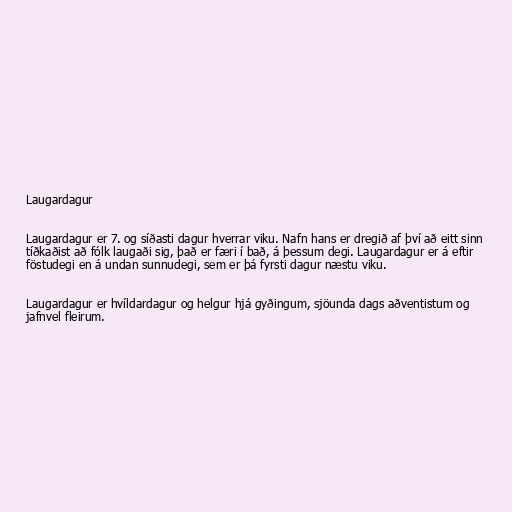
Laugardagur

Laugardagur er 7. og síðasti dagur hverrar viku. Nafn hans er dregið af því að eitt sinn
tíðkaðist að fólk laugaði sig, það er færi í bað, á þessum degi. Laugardagur er á eftir
föstudegi en á undan sunnudegi, sem er þá fyrsti dagur næstu viku.

Laugardagur er hvíldardagur og helgur hjá gyðingum, sjöunda dags aðventistum og
jafnvel fleirum.